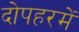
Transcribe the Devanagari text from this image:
दोपहरमें